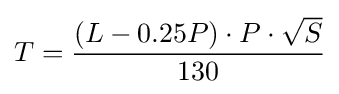
T={\frac {(L-0.25P)\cdot P\cdot {\sqrt {S}}}{130}}